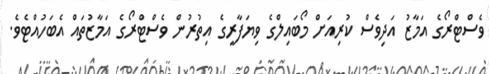
ވެސްޓްރޯގެ އަމާޒު އަދިވެސް ކުރިއަށް މޯބައިލްގެ ވިޔަފާރީގެ އިތުރުން ވެސްޓްރޯގެ އަމާޒުތައް އެބަހުއްޓެވެ.